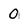
Character: 0